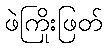
ဖဲကြိုးဖြတ်